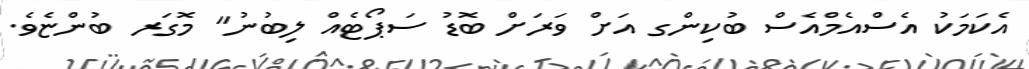
އެކަމަކު އެސްއެމްއެސް ބުކިންގ އަށް ވަރަށް ބޮޑު ސަޕޯޓެއް ލިބުނު" މޮގަރ ބުންޏެވެ.